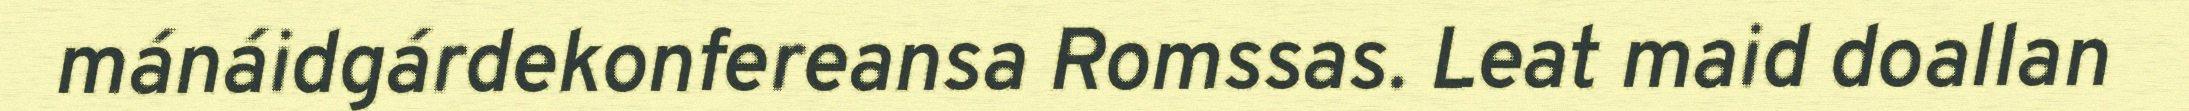
mánáidgárdekonfereansa Romssas. Leat maid doallan